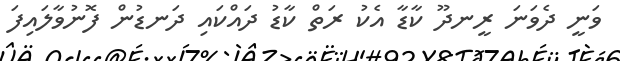
ވަނީ ދެވަނަ ރީނދޫ ކާޑާ އެކު ރަތް ކާޑު ދައްކައި ދަނޑުން ފޮނުވާލައިފަ